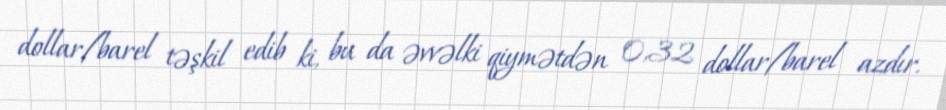
dollar/barel təşkil edib ki, bu da əvvəlki qiymətdən 0,32 dollar/barel azdır.